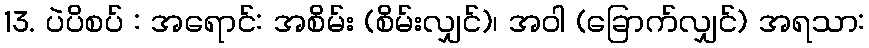
13. ပဲပိစပ် : အရောင်: အစိမ်း (စိမ်းလျှင်)၊ အဝါ (ခြောက်လျှင်) အရသာ: